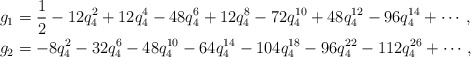
\begin{align*} g_1 &= \frac 12 -12q_4^2+12q_4^4-48q_4^6+12q_4^8-72q_4^{10}+48q_4^{12} -96q_4^{14}+\cdots,\\ g_2 &= -8q_4^2-32q_4^6-48q_4^{10}-64q_4^{14}-104q_4^{18}-96q_4^{22}-112q_4^{26} + \cdots,\end{align*}